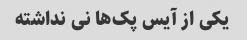
یکی از آیس پک‌ها نی نداشته